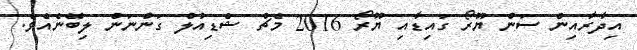
އިދާރާއިން ސަން ޔޫރޯ ގައިޑާއި ޔޫރޯ 2016 މެޗް ޝެޑިއުލް ގަންނަން ލިބޭނެއެވެ.